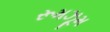
રૂમઝૂમ